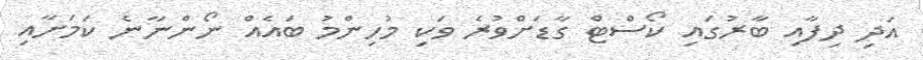
އަދި ދިފާއި ބާރުގައި ކޯސްޓް ގާޑަށްވުރެ ވަކި މުހިންމު ބައެއް ނޯންނާނެ ކަމަށާއި